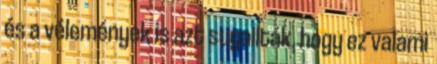
és a vélemények is azt sugallták, hogy ez valami